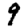
Digit: 9